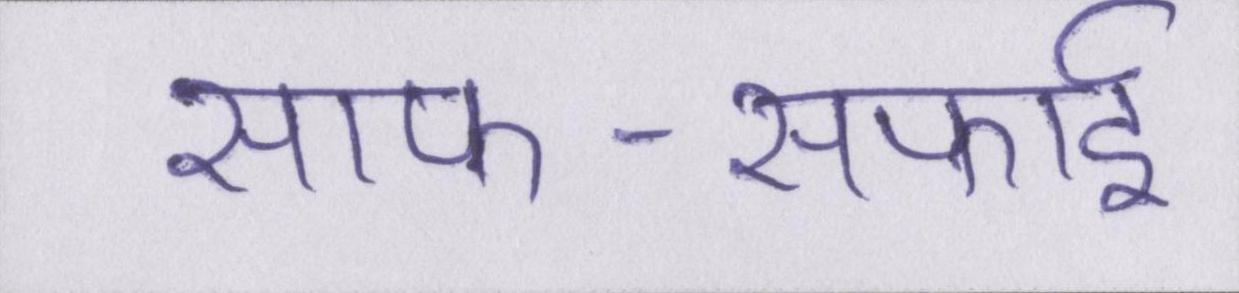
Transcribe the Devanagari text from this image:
साफ-सफाई